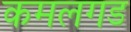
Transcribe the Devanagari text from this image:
कमलगड